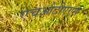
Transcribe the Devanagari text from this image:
एचओटीएएस